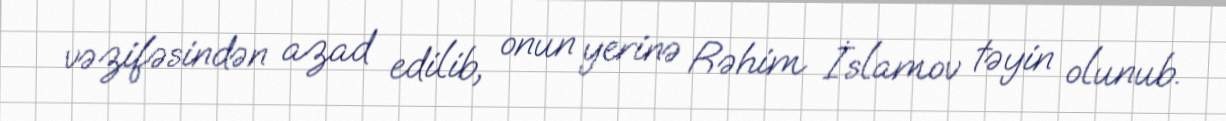
vəzifəsindən azad edilib, onun yerinə Rəhim İslamov təyin olunub.